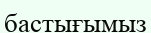
бастығымыз